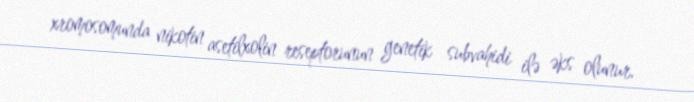
xromosomunda nikotin asetilxolin reseptorunun genetik subvahidi ilə əks olunur.